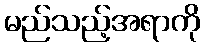
မည်သည့်အရာကို